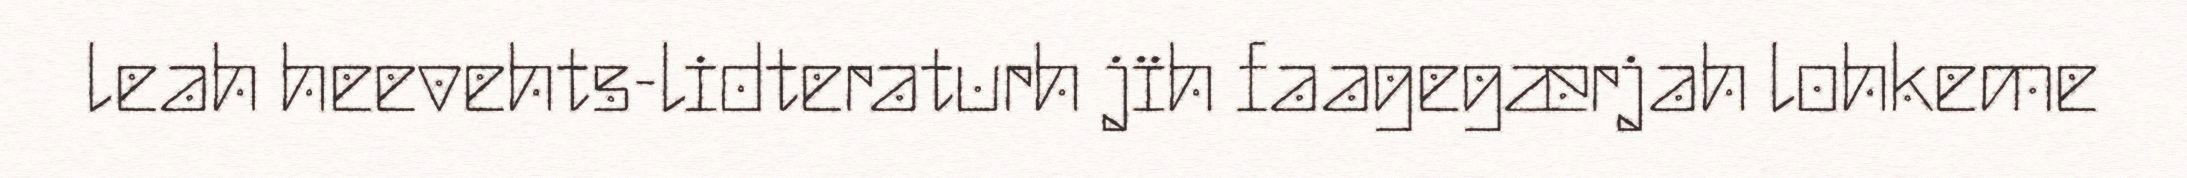
leah heevehts-lidteraturh jïh faagegærjah lohkeme